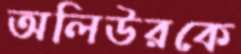
অলিউরকে